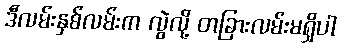
ဒီလမ်းနှစ်လမ်းက လွဲလို့ တခြားလမ်းမရှိပါ